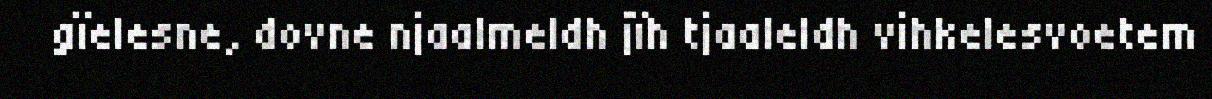
gïelesne, dovne njaalmeldh jïh tjaaleldh vihkelesvoetem